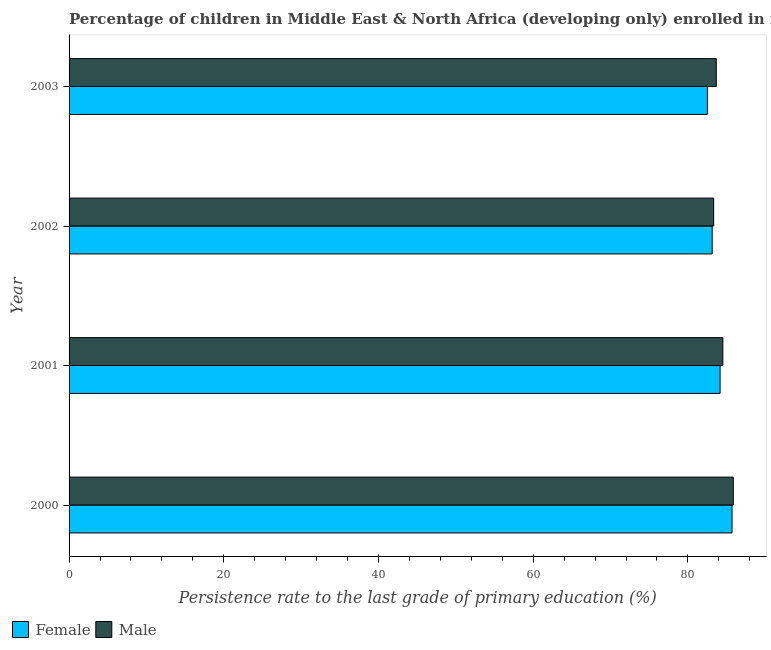
| Year | Female | Male |
 | --- | --- | --- |
 | 2000 | 85.7 | 85.9 |
 | 2001 | 84.2 | 84.5 |
 | 2002 | 83.1 | 83.3 |
 | 2003 | 82.5 | 83.7 |